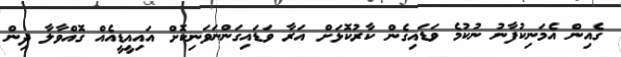
ގެއިން އެމަނިކުފާނު ނުކުމެ ވަޑައިގެން ކާރުކޮޅަށް އަރާ ވަޑައިގަންނަވަނިކޮށް އައިއީޑީއެއް ގޮއްވާލާ ދިން